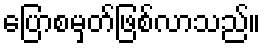
ပြောစမှတ်ဖြစ်လာသည်။